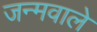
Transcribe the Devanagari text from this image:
जन्मवाले